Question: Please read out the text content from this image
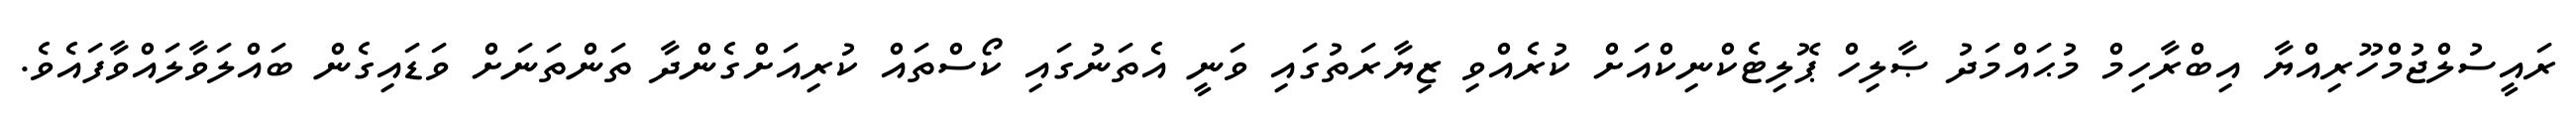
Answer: ރައީސުލްޖުމްހޫރިއްޔާ އިބްރާހިމް މުޙައްމަދު ޞާލިހް ޕޮލިޓެކްނިކްއަށް ކުރެއްވި ޒިޔާރަތުގައި ވަނީ އެތަނުގައި ކޯސްތައް ކުރިއަށްގެންދާ ތަންތަނަށް ވަޑައިގެން ބައްލަވާލައްވާފައެވެ.